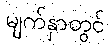
မျက်နှာတွင်